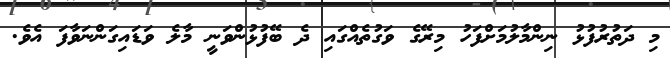
މި ދަތުރުފުޅު ނިންމާލުމަށްފަހު މިރޭގެ ވަގުތެއްގައި ދެ ބޭފުޅުންވަނީ މާލެ ވަޑައިގަންނަވާފަ އެވެ.